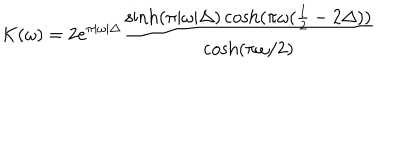
K ( \omega ) = 2 e ^ { \pi | \omega | \Delta } \frac { \sinh ( \pi | \omega | \Delta ) \cosh ( \pi \omega ( \frac { 1 } { 2 } - 2 \Delta ) ) } { \cosh ( \pi \omega / 2 ) }